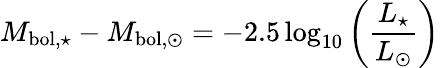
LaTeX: M_{\mathrm{bol,\star}}-M_{\mathrm{bol,\odot}}=-2.5\log_{10}\left({\frac{L_{\star}}{L_{\odot}}}\right)